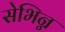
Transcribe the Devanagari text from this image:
सेभिन्न